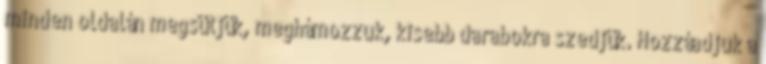
minden oldalán megsütjük, meghámozzuk, kisebb darabokra szedjük. Hozzáadjuk a